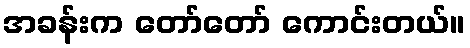
အခန်းက တော်တော် ကောင်းတယ်။